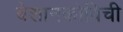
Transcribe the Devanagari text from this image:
बेशानकोविची